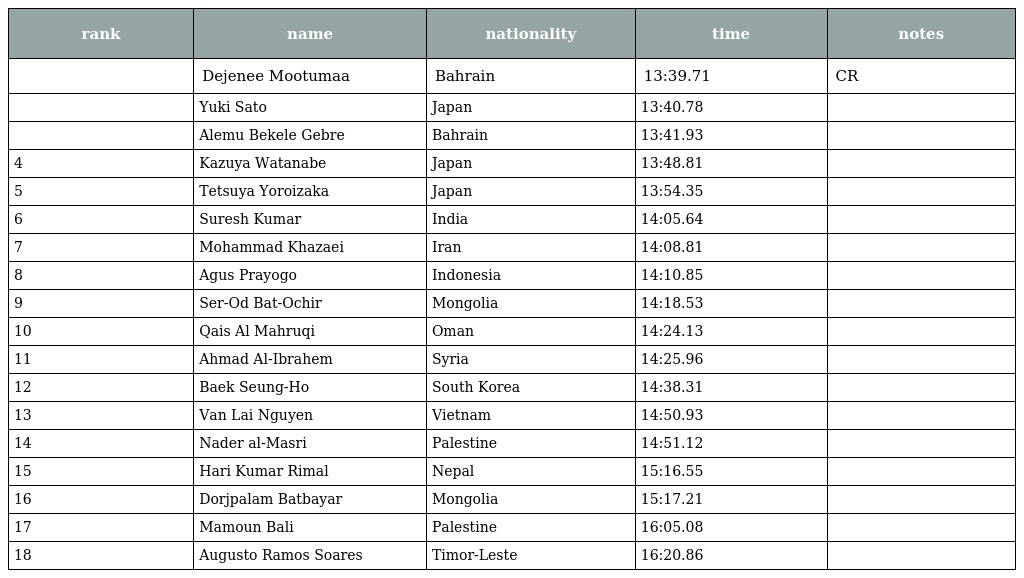
| rank | name | nationality | time | notes |
 | --- | --- | --- | --- | --- |
 |  | Dejenee Mootumaa | Bahrain | 13:39.71 | CR |
 |  | Yuki Sato | Japan | 13:40.78 |  |
 |  | Alemu Bekele Gebre | Bahrain | 13:41.93 |  |
 | 4 | Kazuya Watanabe | Japan | 13:48.81 |  |
 | 5 | Tetsuya Yoroizaka | Japan | 13:54.35 |  |
 | 6 | Suresh Kumar | India | 14:05.64 |  |
 | 7 | Mohammad Khazaei | Iran | 14:08.81 |  |
 | 8 | Agus Prayogo | Indonesia | 14:10.85 |  |
 | 9 | Ser-Od Bat-Ochir | Mongolia | 14:18.53 |  |
 | 10 | Qais Al Mahruqi | Oman | 14:24.13 |  |
 | 11 | Ahmad Al-Ibrahem | Syria | 14:25.96 |  |
 | 12 | Baek Seung-Ho | South Korea | 14:38.31 |  |
 | 13 | Van Lai Nguyen | Vietnam | 14:50.93 |  |
 | 14 | Nader al-Masri | Palestine | 14:51.12 |  |
 | 15 | Hari Kumar Rimal | Nepal | 15:16.55 |  |
 | 16 | Dorjpalam Batbayar | Mongolia | 15:17.21 |  |
 | 17 | Mamoun Bali | Palestine | 16:05.08 |  |
 | 18 | Augusto Ramos Soares | Timor-Leste | 16:20.86 |  |